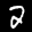
Label: 2